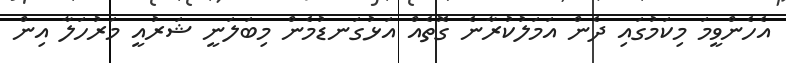
އެހެންވީމަ މިކަމުގައި ދެން އަމަލުކުރާނެ ގޮތެއް އަޅުގަނޑުމެން މިބަލަނީ ޝަރުއީ މަރުހަލާ އިން